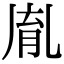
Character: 𦚯